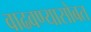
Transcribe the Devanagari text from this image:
वाढवण्यासोबत